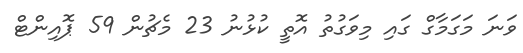
ވަނަ މަގަމާގް ގައި މިވަގުތު އޮތީ ކުޅުނު 23 މެޗުން 59 ޕޮއިންޓް